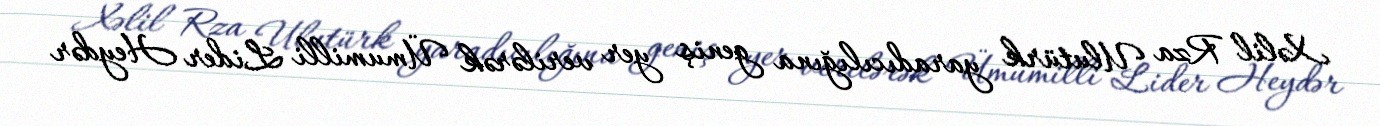
Xəlil Rza Ulutürk yaradıcılığına geniş yer verilərək Ümumilli Lider Heydər